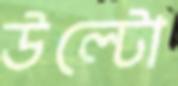
উল্‌টো